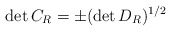
\begin{align*}\det{C_R}= \pm (\det{D_R})^{1/2}\end{align*}